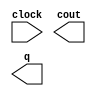
module lpm_counter_rewr (
	clock,
	cout,
	q);

	input	  clock;
	output	  cout;
	output	[9:0]  q;

endmodule